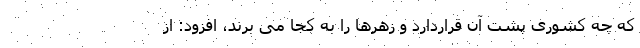
که چه کشوری پشت آن قراردارد و زهرها را به کجا می برند، افزود: از